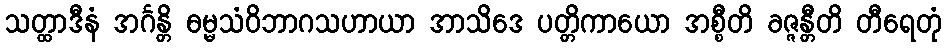
သတ္ထာဒီနံ အင်္ဂန္တိ ဓမ္မသံဝိဘာဂသဟာယာ အာသိဒေ ပတ္တိကာယော အစ္စီတိ ခဇ္ဇန္တီတိ တီရေတုံ